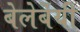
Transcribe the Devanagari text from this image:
बेलेर्बेयी